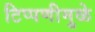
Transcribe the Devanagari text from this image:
टिप्पणीमुळे